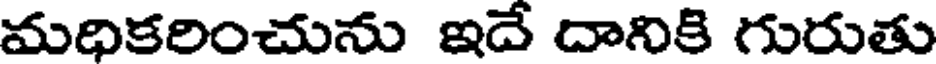
మధికరించును ఇదే దానికి గురుతు